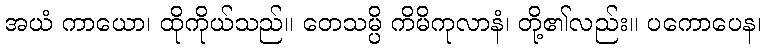
အယံ ကာယော၊ ထိုကိုယ်သည်။ တေသမ္ပိ ကိမိကုလာနံ၊ တို့၏လည်း။ ပကောပေန၊